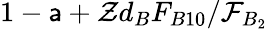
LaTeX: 1-\mathsf{a}+\mathcal{{Z}}d_{B}F_{B10}/\mathcal{{F}}_{B_{2}}